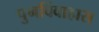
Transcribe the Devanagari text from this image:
पुनर्विवाहास